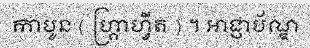
កាបូន ( ហ្គ្រាហ្វីត ) ។ អាជ្ញាប័ណ្ឌ